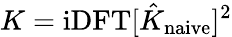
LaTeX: K=\mathrm{iDFT}[\hat{K}_{\mathrm{naive}}]^{2}